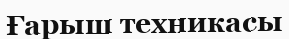
Ғарыш техникасы